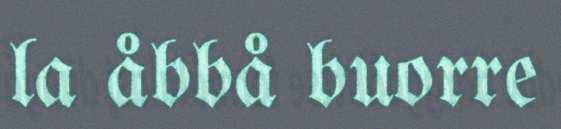
la åbbå buorre